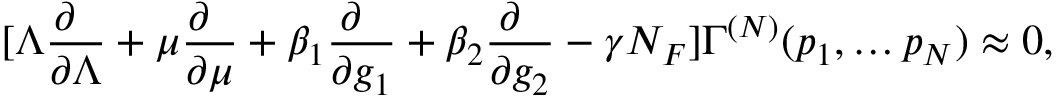
[ \Lambda \frac { \partial \phantom { a } } { \partial \Lambda } + \mu \frac { \partial \phantom { a } } { \partial \mu } + \beta _ { 1 } \frac { \partial \phantom { a } } { \partial g _ { 1 } } + \beta _ { 2 } \frac { \partial \phantom { a } } { \partial g _ { 2 } } - \gamma N _ { F } ] \Gamma ^ { ( N ) } ( p _ { 1 } , \ldots p _ { N } ) \approx 0 ,